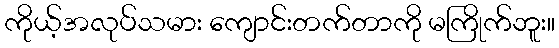
ကိုယ့်အလုပ်သမား ကျောင်းတက်တာကို မကြိုက်ဘူး။